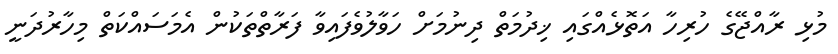
މުޅި ރާއްޖޭގެ ހުރިހާ އަތޮޅެއްގައި ޚިދުމަތް ދިނުމަށް ހަވާލުވެފައިވާ ފަރާތްތަކުން އެމަސައްކަތް މިހާރުދަނީ